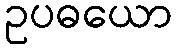
ဥပဓယော